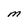
Character: M